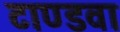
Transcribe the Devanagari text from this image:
टाण्डवा